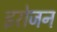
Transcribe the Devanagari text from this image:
इरोजन